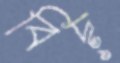
বিদ্